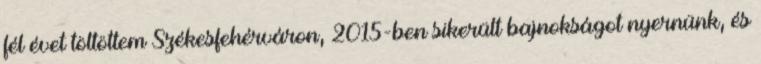
fél évet töltöttem Székesfehérváron, 2015-ben sikerült bajnokságot nyernünk, és